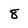
Character: 8